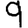
Digit: 9